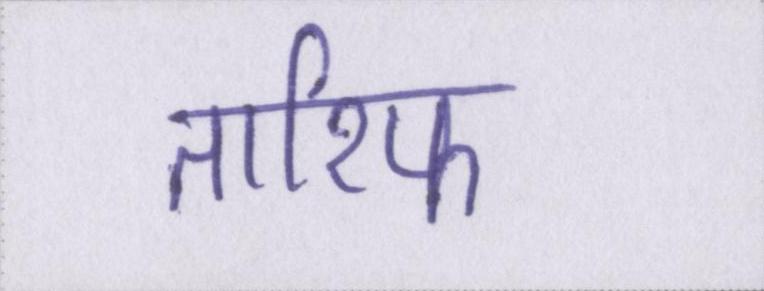
तारिफ